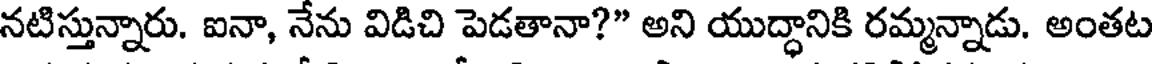
నటిస్తున్నారు. ఐనా, నేను విడిచి పెడతానా?" అని యుద్ధానికి రమ్మన్నాడు. అంతట